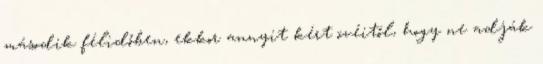
második félidőben, ekkor annyit kért övéitől, hogy ne adják